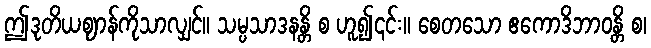
ဤဒုတိယဈာန်ကိုသာလျှင်။ သမ္ပသာဒနန္တိ စ ဟူ၍၎င်း။ စေတသော ဧကောဒိဘာဝန္တိ စ၊